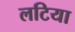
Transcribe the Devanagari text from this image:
लटिया